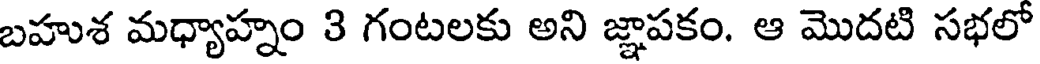
బహుశ మధ్యాహ్నం 3 గంటలకు అని జ్ఞాపకం. ఆ మొదటి సభలో